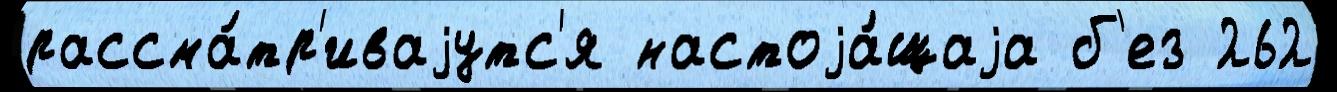
рассма́тр'иваjутс'я настоjа́щаjа б'ез 262